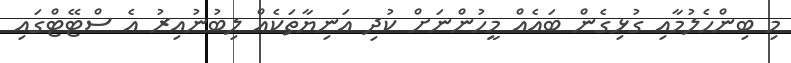
މި ބިންހެލުމާއި ގުޅިގެން ބައެއް މީހުންނަށް ކުދި އަނިޔާތަކެއް ލިބުނުއިރު އެ ސްޓޭޓްގައި